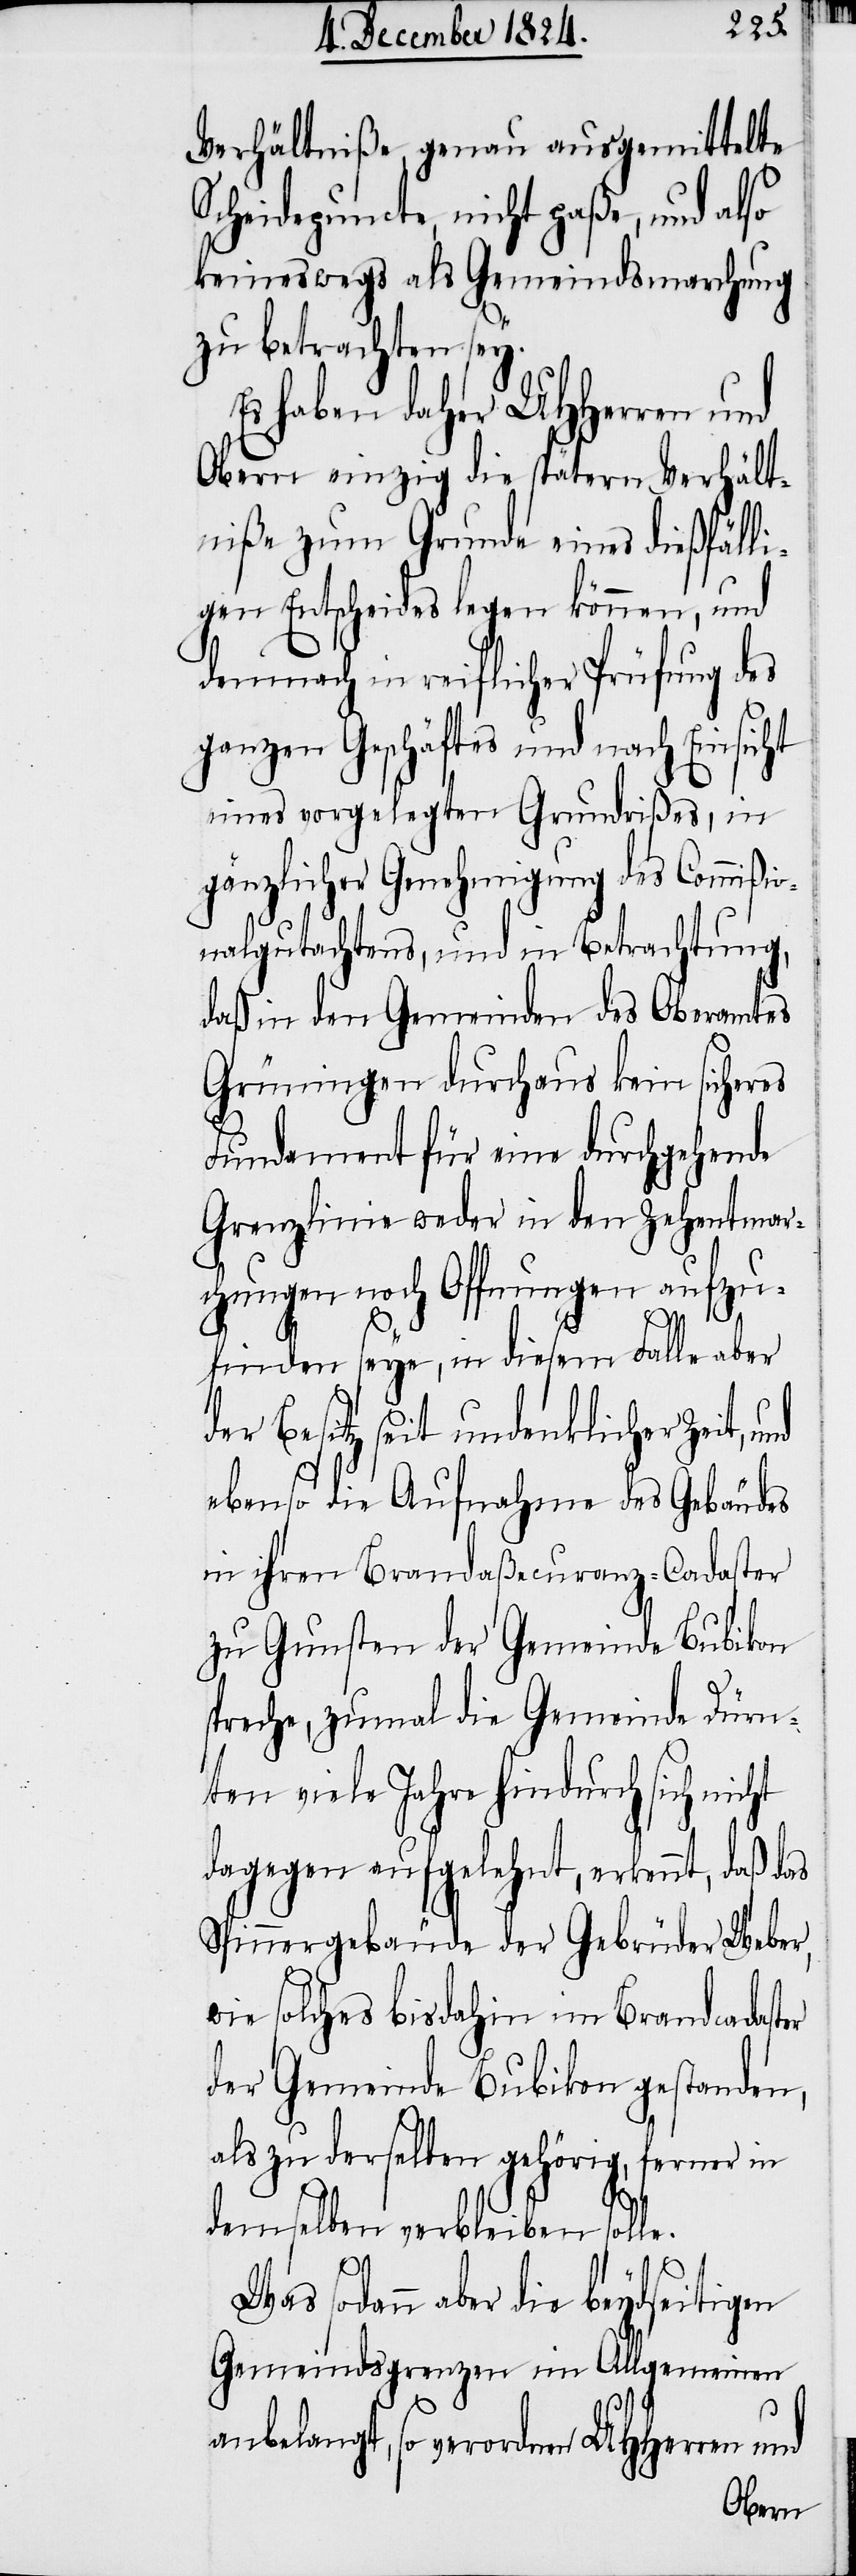
Verhältniße genau ausgemittelte
Scheidepuncte, nicht paße, und also
keineswegs als Gemeindsmarchung
zu betrachten sey.
Es haben daher UHHerren und
Obern einzig die spätern Verhält¬
niße zum Grunde eines dießfälli¬
gen Entscheides legen können, und
demnach in reiflicher Prüfung des
ganzen Geschäftes und nach Einsicht
eines vorgelegten Grundrißes, in
gänzlicher Genehmigung des Commiß¬
nalgutachtens, und in Betrachtung,
daß in den Gemeinden des Oberamtes
Grüningen durchaus kein sicheres
Fundament für eine durchgehende
Grenzlinie weder in den Zehentmar¬
chungen noch Offnungen aufzu¬
icht
finden seye, in diesem Falle aber
der Besitz seit undenklicher Zeit,
ebenso die Aufnahme des Gebäudes
in ihren Brandaßecuranz-Cadaster
zu Gunsten der Gemeinde Bubikon
spreche, zumal die Gemeinde Dürn¬
ten viele Jahre hindurch sich n¬
dagegen aufgelehnt, erkennt, daß d¬
Spinnergebäude der Gebrüder Weber,
wie solches bisdahin im Brandcadast¬
der Gemeinde Bubikon gestanden,
als zu derselben gehörig, ferner in
demselben verbleiben solle.
Was sodann aber die beydseitigen
Gemeindsgrenzen im Allgemeinen
anbelangt, so veror¬
dnen